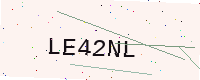
Text: LE42NL